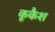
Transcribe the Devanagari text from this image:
कूकैश